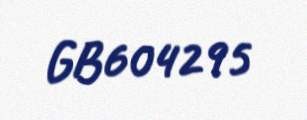
GB604295